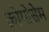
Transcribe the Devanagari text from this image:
क्रोमोसेम